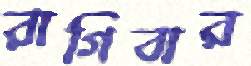
রাগিবার